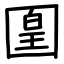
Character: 𡈁